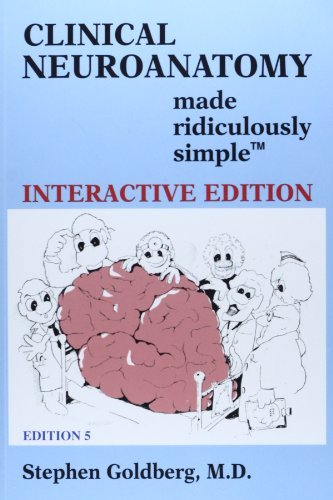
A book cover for By Stephen Goldberg Clinical Neuroanatomy Made Ridiculously Simple (5th Edition); Medical Books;